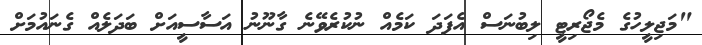
"މަޖިލީހުގެ މެޖޯރިޓީ ލިބުނަސް އެފަދަ ކަމެއް ނުކުރެވޭނެ ގާނޫނު އަސާސީއަށް ބަދަލެއް ގެނައުމަށް